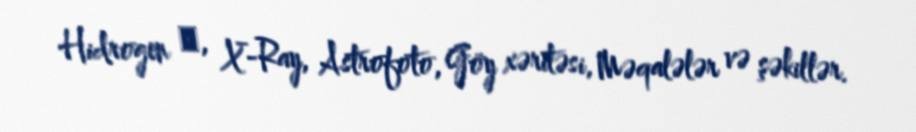
Hidrogen α, X-Ray, Astrofoto, Göy xəritəsi, Məqalələr və şəkillər.